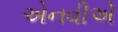
એનવીએ